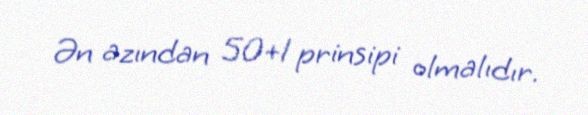
Ən azından 50+1 prinsipi olmalıdır.